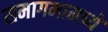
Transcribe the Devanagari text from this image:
समागमामध्ये